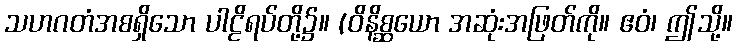
သဟဂတံအစရှိသော ပါဠိရပ်တို့၌။ (ဝိနိစ္ဆယော အဆုံးအဖြတ်ကို။ ဧဝံ၊ ဤသို့။